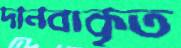
দানবাকৃত